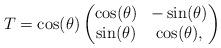
LaTeX: \begin{align*}T = \cos(\theta) \begin{pmatrix} \cos(\theta) & -\sin(\theta)\\\sin(\theta) & \cos(\theta),\end{pmatrix}\end{align*}